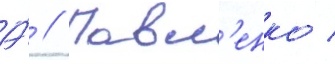
А́ // Павл'енко /